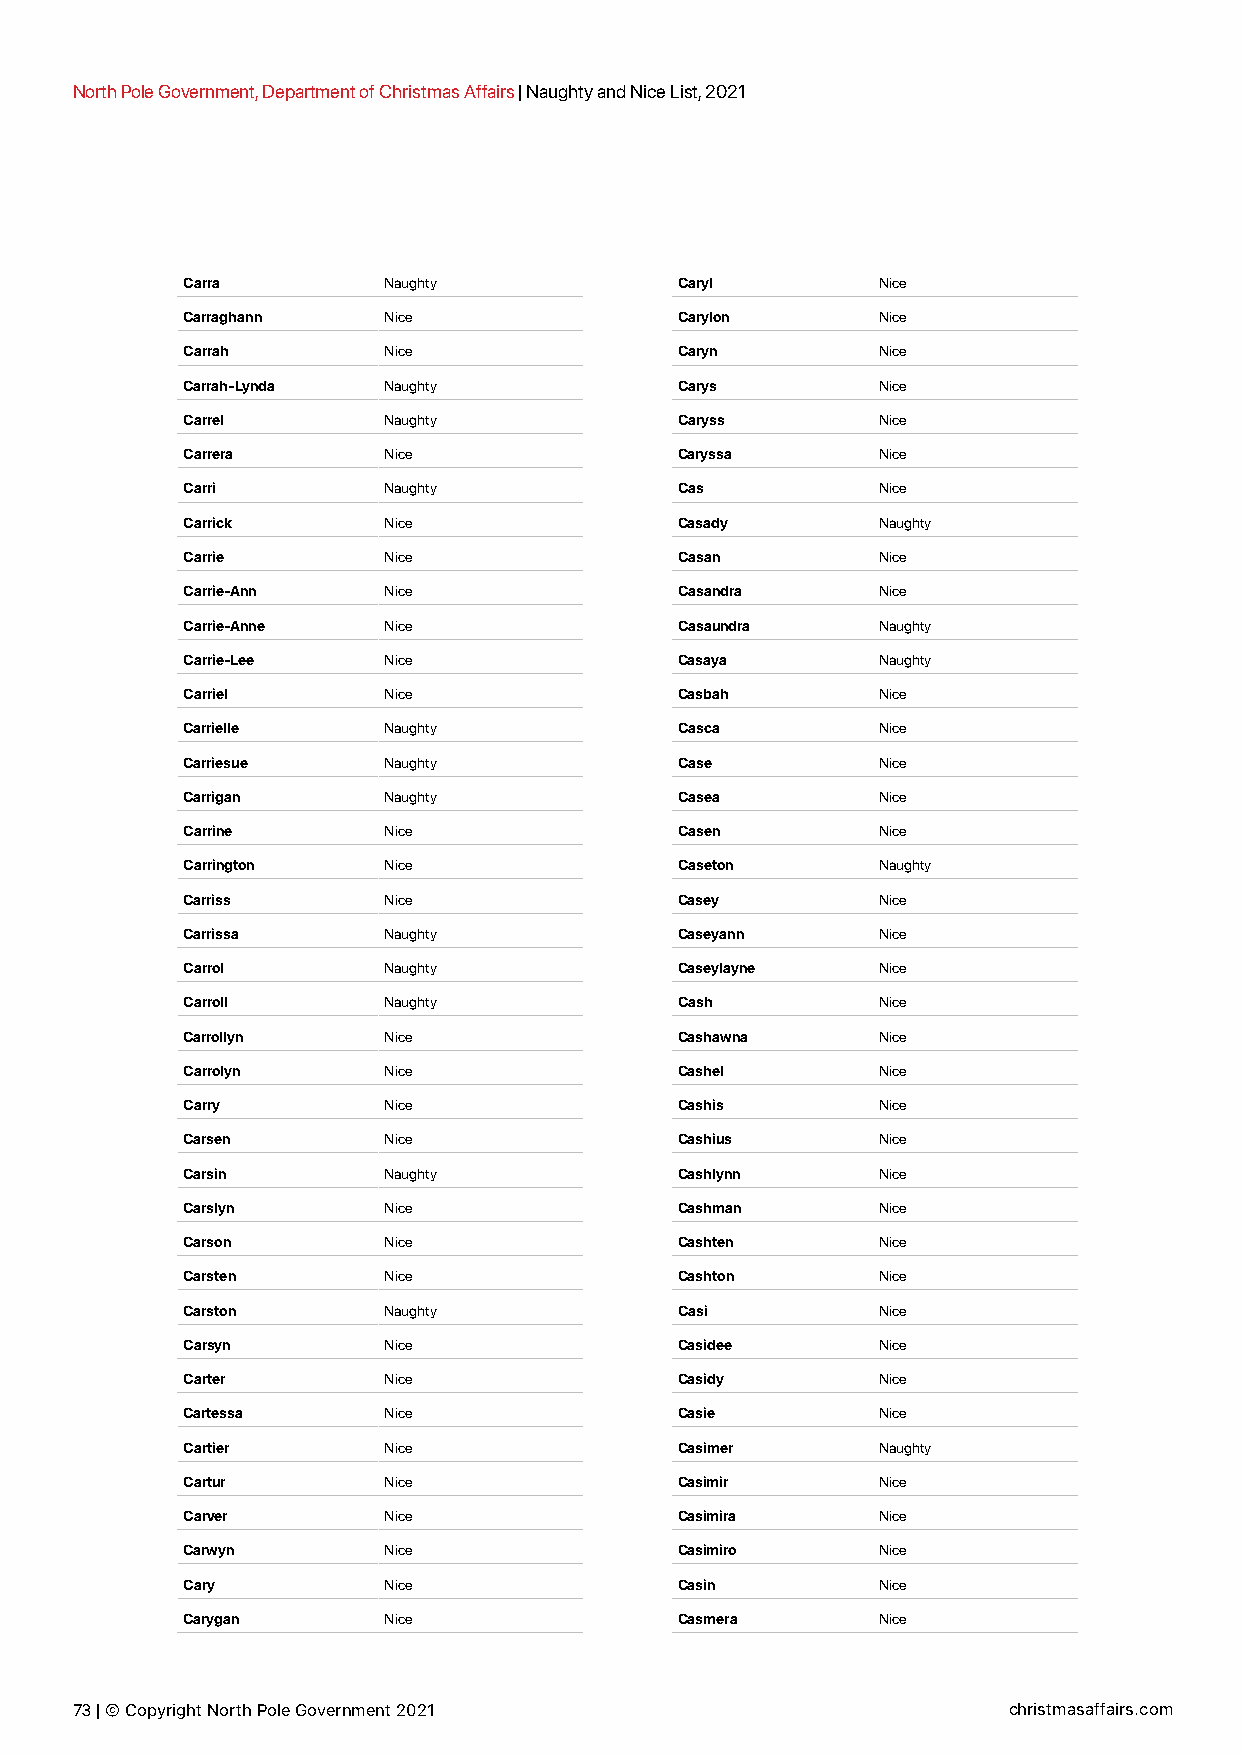
North Pole Government, Department of Christmas Affairs | Naughty and Nice List, 2021
 Carra        Naughty             Caryl        Nice
 Carraghann   Nice                Carylon      Nice
 Carrah       Nice                Caryn        Nice
 Carrah-Lynda Naughty             Carys        Nice
 Carrel       Naughty             Caryss       Nice
 Carrera      Nice                Caryssa      Nice
 Carri        Naughty             Cas          Nice
 Carrick      Nice                Casady       Naughty
 Carrie       Nice                Casan        Nice
 Carrie-Ann   Nice                Casandra     Nice
 Carrie-Anne  Nice                Casaundra    Naughty
 Carrie-Lee   Nice                Casaya       Naughty
 Carriel      Nice                Casbah       Nice
 Carrielle    Naughty             Casca        Nice
 Carriesue    Naughty             Case         Nice
 Carrigan     Naughty             Casea        Nice
 Carrine      Nice                Casen        Nice
 Carrington   Nice                Caseton      Naughty
 Carriss      Nice                Casey        Nice
 Carrissa     Naughty             Caseyann     Nice
 Carrol       Naughty             Caseylayne   Nice
 Carroll      Naughty             Cash         Nice
 Carrollyn    Nice                Cashawna     Nice
 Carrolyn     Nice                Cashel       Nice
 Carry        Nice                Cashis       Nice
 Carsen       Nice                Cashius      Nice
 Carsin       Naughty             Cashlynn     Nice
 Carslyn      Nice                Cashman      Nice
 Carson       Nice                Cashten      Nice
 Carsten      Nice                Cashton      Nice
 Carston      Naughty             Casi         Nice
 Carsyn       Nice                Casidee      Nice
 Carter       Nice                Casidy       Nice
 Cartessa     Nice                Casie        Nice
 Cartier      Nice                Casimer      Naughty
 Cartur       Nice                Casimir      Nice
 Carver       Nice                Casimira     Nice
 Carwyn       Nice                Casimiro     Nice
 Cary         Nice                Casin        Nice
 Carygan      Nice                Casmera      Nice
 73 | © Copyright North Pole Government 2021                   christmasaffairs.com